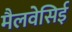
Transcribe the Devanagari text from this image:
मैलवेसिई